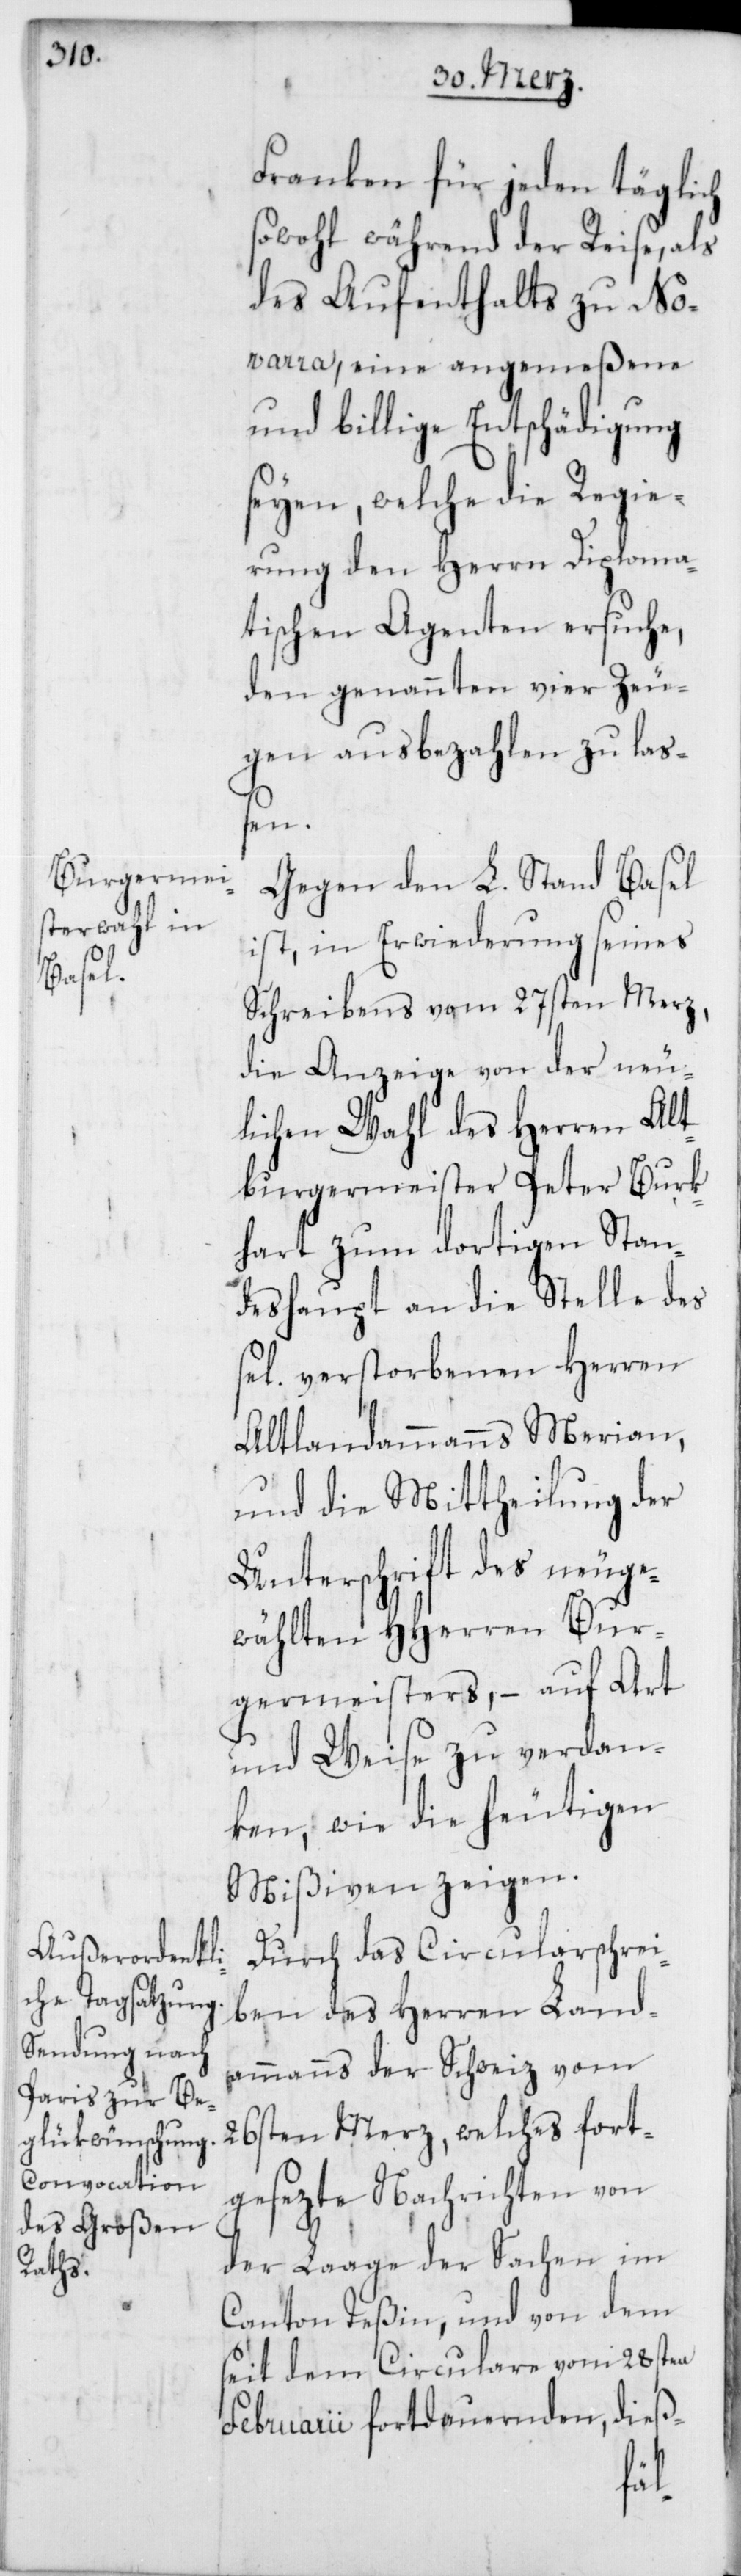
Franken für jeden täglich
sowohl während der Reise, als
des Aufenthalts zu No¬
varra, eine angemeßene
und billige Entschädigung
seyen, welche die Regie¬
rung den Herren Diploma¬
tischen Agenten ersuche,
den genannten vier Zeu¬
gen ausbezahlen zu laß¬
en.
Gegen den L. Stand Basel
ist, in Erwiederung seines
Schreibens vom 27sten Merz,
die Anzeige von der neu¬
lichen Wahl des Herren Alt¬
burgermeister Peter Burk¬
hart zum dortigen Stan¬
deshaupt an die Stelle des
verstorbenen Herren
Altlandammann Merian,
und die Mittheilung der
Unterschrift des neuge¬
wählten HHerren Bur¬
germeisters, – auf Art
und Weise zu verdan¬
ken, wie die heutigen
Mißiven zeigen.
Durch das Circularschrei¬
ben des Herren Land¬
ammanns der Schweiz vom
26sten Merz, welches fort¬
gesezte Nachrichten von
der Laage der Sachen im
Canton Teßin, und von dem
seit dem Circulare vom 28sten
Februarii fortdauernden dieß-